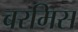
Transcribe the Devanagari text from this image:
बरमिस